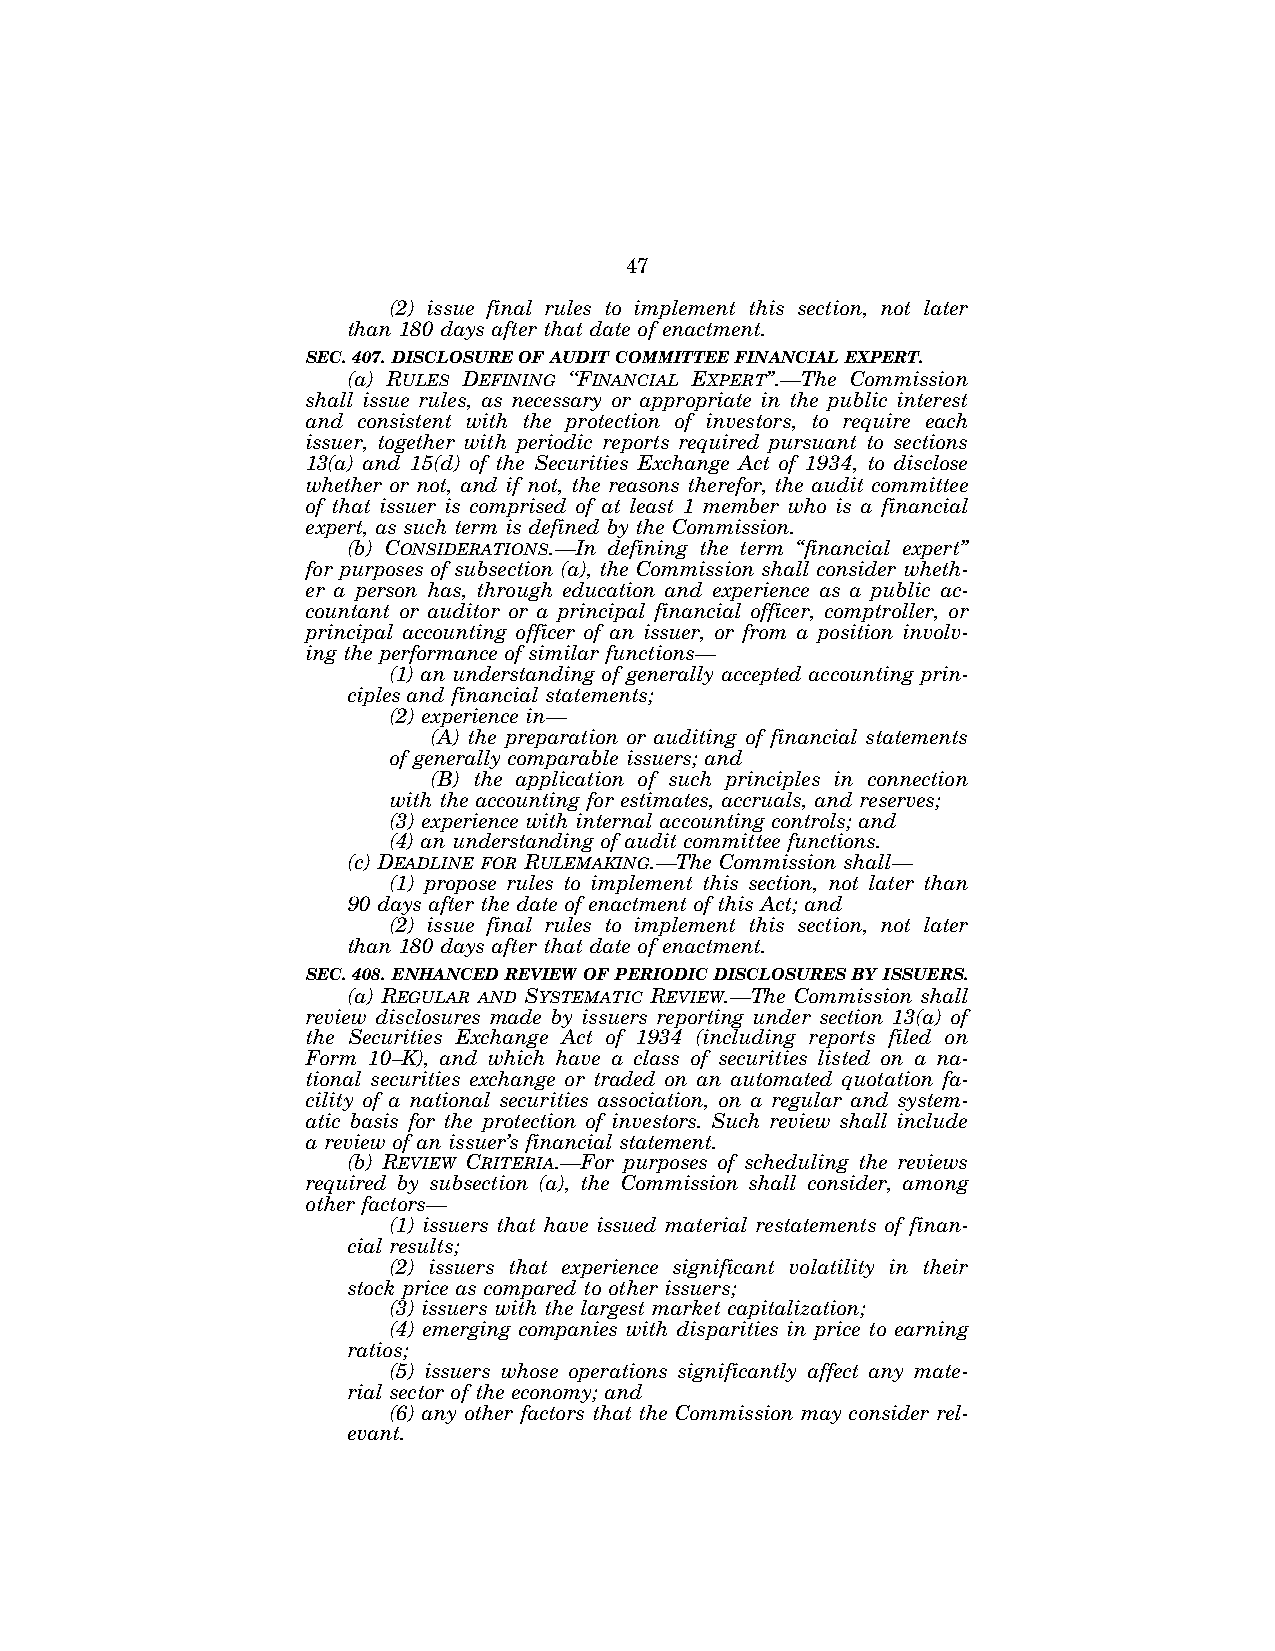
47
 (2) issue final rules to implement this section, not later
 than 180 days after that date of enactment.
 SEC. 407. DISCLOSURE OF AUDIT COMMITTEE FINANCIAL EXPERT.
 (a) RULES DEFINING ‘‘FINANCIAL EXPERT’’.—The Commission
 shall issue rules, as necessary or appropriate in the public interest
 and consistent with the protection of investors, to require each
 issuer, together with periodic reports required pursuant to sections
 13(a) and 15(d) of the Securities Exchange Act of 1934, to disclose
 whether or not, and if not, the reasons therefor, the audit committee
 of that issuer is comprised of at least 1 member who is a financial
 expert, as such term is defined by the Commission.
 (b) CONSIDERATIONS.—In defining the term ‘‘financial expert’’
 for purposes of subsection (a), the Commission shall consider wheth-
 er a person has, through education and experience as a public ac-
 countant or auditor or a principal financial officer, comptroller, or
 principal accounting officer of an issuer, or from a position involv-
 ing the performance of similar functions—
 (1) an understanding of generally accepted accounting prin-
 ciples and financial statements;
 (2) experience in—
 (A) the preparation or auditing of financial statements
 of generally comparable issuers; and
 (B) the application of such principles in connection
 with the accounting for estimates, accruals, and reserves;
 (3) experience with internal accounting controls; and
 (4) an understanding of audit committee functions.
 (c) DEADLINE FOR RULEMAKING.—The Commission shall—
 (1) propose rules to implement this section, not later than
 90 days after the date of enactment of this Act; and
 (2) issue final rules to implement this section, not later
 than 180 days after that date of enactment.
 SEC. 408. ENHANCED REVIEW OF PERIODIC DISCLOSURES BY ISSUERS.
 (a) REGULAR AND SYSTEMATIC REVIEW.—The Commission shall
 review disclosures made by issuers reporting under section 13(a) of
 the Securities Exchange Act of 1934 (including reports filed on
 Form 10–K), and which have a class of securities listed on a na-
 tional securities exchange or traded on an automated quotation fa-
 cility of a national securities association, on a regular and system-
 atic basis for the protection of investors. Such review shall include
 a review of an issuer’s financial statement.
 (b) REVIEW CRITERIA.—For purposes of scheduling the reviews
 required by subsection (a), the Commission shall consider, among
 other factors—
 (1) issuers that have issued material restatements of finan-
 cial results;
 (2) issuers that experience significant volatility in their
 stock price as compared to other issuers;
 (3) issuers with the largest market capitalization;
 (4) emerging companies with disparities in price to earning
 ratios;
 (5) issuers whose operations significantly affect any mate-
 rial sector of the economy; and
 (6) any other factors that the Commission may consider rel-
 evant.
 VerDate Jul 19 2002 16:35 Jul 25, 2002 Jkt 080361 PO 00000 Frm 00047 Fmt 6659 Sfmt 6603 E:\HR\OC\HR610.XXX pfrm15 PsN: HR610